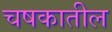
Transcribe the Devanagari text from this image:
चषकातील